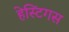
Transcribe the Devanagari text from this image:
हेस्टिंगस